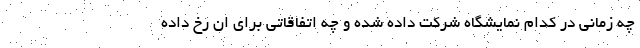
چه زمانی در کدام نمایشگاه شرکت داده شده و چه اتفاقاتی برای ان رخ داده